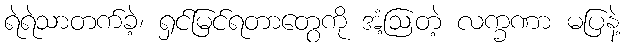
ရဲရဲသာတက်ခဲ့၊ ရှင်မြင်ရတာတွေကို အံ့ဩတဲ့ လက္ခဏာ မပြနဲ့